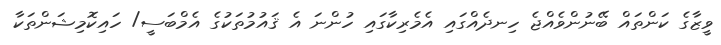
ވީޒާގެ ކަންތައް ބޭނުންވެއްޖެ ހިނދެއްގައި އެމެރިކާގައި ހުންނަ އެ ޤައުމުތަކުގެ އެމްބަސީ/ ހައިކޮމިޝަންތަކާ